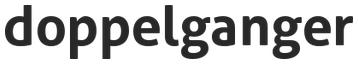
doppelganger